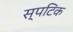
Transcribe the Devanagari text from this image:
स्पटिक